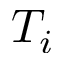
T _ { i }